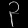
Digit: ၃